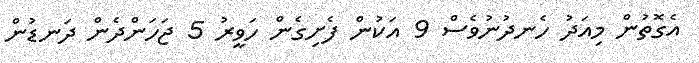
އެގޮތުން މިއަދު ހެނދުނުވެސް 9 އަކުން ފެށިގެން ހަވީރު 5 ޖަހަންދެން ދަނޑުން